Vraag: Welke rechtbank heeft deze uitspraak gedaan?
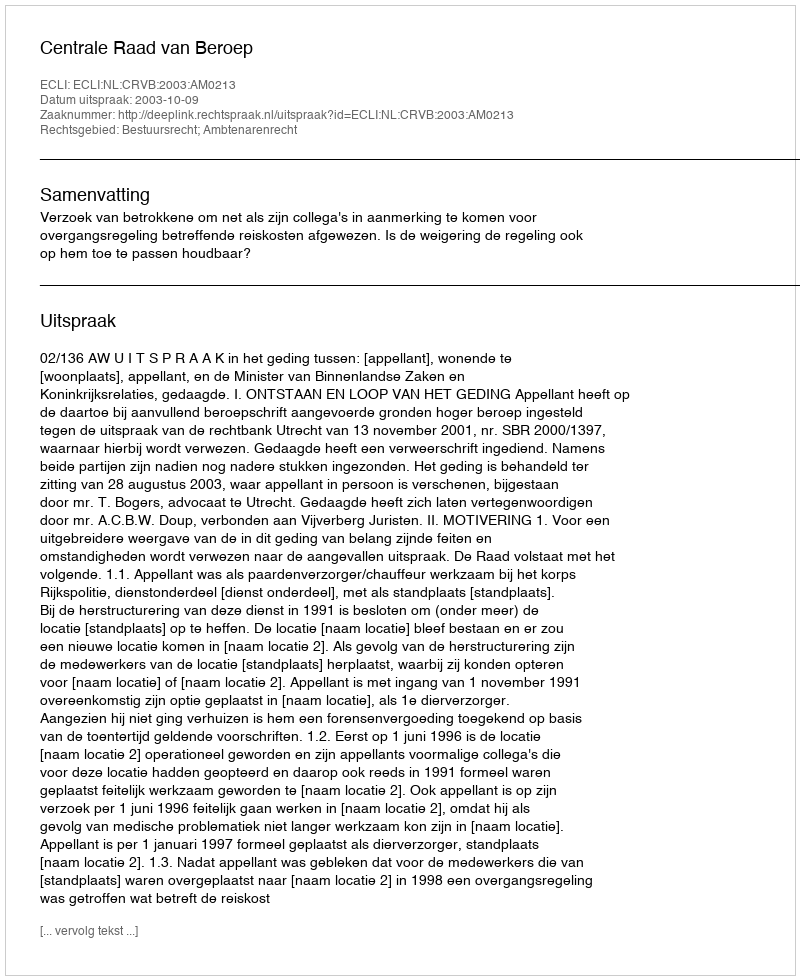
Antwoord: Centrale Raad van Beroep